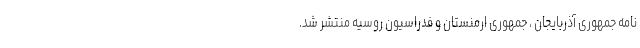
نامه جمهوری آذربایجان ، جمهوری ارمنستان و فدراسیون روسیه منتشر شد.